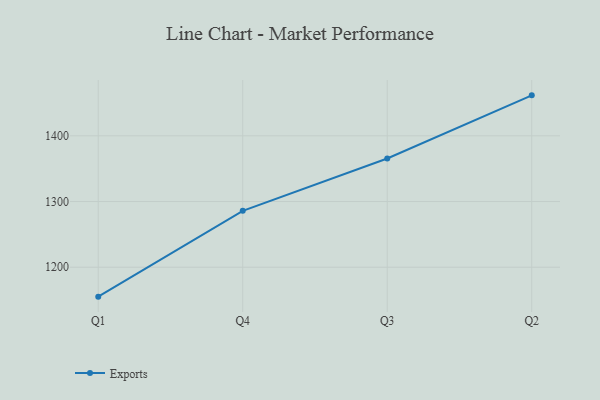
{"axis": {"x": "Quarter", "y": "Humidity (%)"}, "legend": ["Exports"], "data": [{"x": "Q1", "y": 1155.2, "type": "Exports"}, {"x": "Q4", "y": 1285.8, "type": "Exports"}, {"x": "Q3", "y": 1365.5, "type": "Exports"}, {"x": "Q2", "y": 1461.6, "type": "Exports"}]}